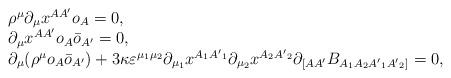
LaTeX: \begin{align*}\begin{array}{l}\rho^\mu \partial_\mu x^{AA'} o_A =0, \\\partial_{\mu} x^{AA'}o_A\bar{o}_{A'} = 0, \\\partial_\mu (\rho^\mu o_A\bar{o}_{A'})+3\kappa\varepsilon^{\mu_1 \mu_2}\partial_{\mu_1} x^{A_1 {A'}_1}\partial_{\mu_2} x^{A_2 {A'}_2}\partial_{[AA'}B_{A_1 A_2 {A'}_1 {A'}_2]}=0,\end{array}\end{align*}